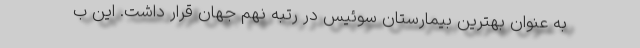
به عنوان بهترین بیمارستان سوئیس در رتبه نهم جهان قرار داشت. این ب